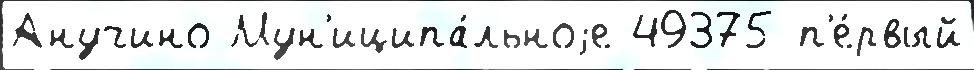
Анучино Мун'иципа́льноjе 49375 п'е́рвый